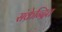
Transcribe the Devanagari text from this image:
संक्रेन्द्रित